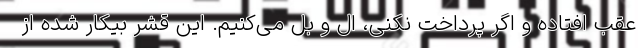
عقب افتاده و اگر پرداخت نکنی، ال و بل می‌کنیم. این قشر بیکار شده از